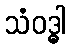
သံဝဒ္ဓါ